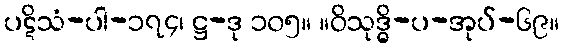
ပဋိသံ-ပါ-၁၇၄၊ ဋ္ဌ-ဒု ၁၀၅။ ။ဝိသုဒ္ဓိ-ပ-အုပ်-၆၉။